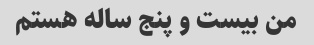
من بیست و پنج ساله هستم